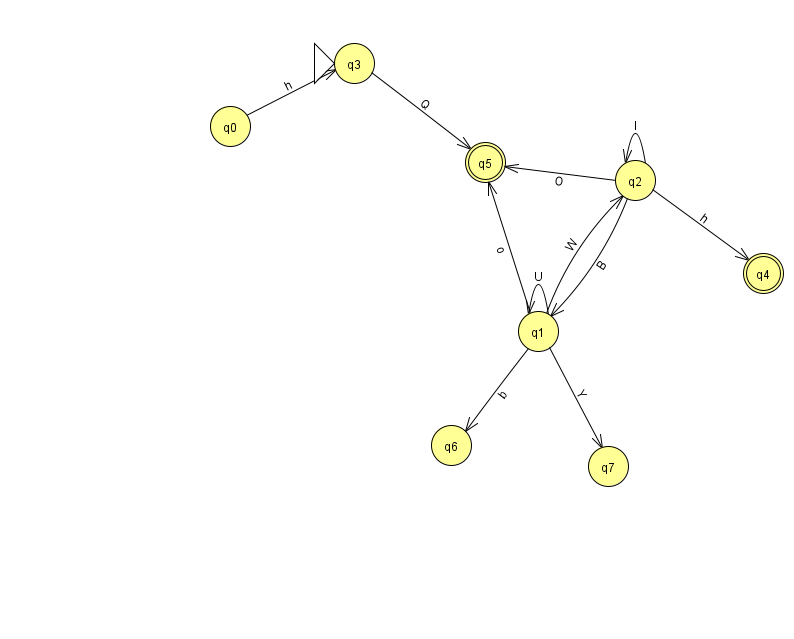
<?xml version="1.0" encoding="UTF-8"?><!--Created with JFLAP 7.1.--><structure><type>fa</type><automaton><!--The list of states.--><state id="0" name="q0"><x>230.0</x><y>113.0</y></state><state id="1" name="q1"><x>538.0</x><y>318.0</y></state><state id="2" name="q2"><x>635.0</x><y>167.0</y></state><state id="3" name="q3"><x>354.0</x><y>50.0</y><initial/></state><state id="4" name="q4"><x>763.0</x><y>260.0</y><final/></state><state id="5" name="q5"><x>485.0</x><y>149.0</y><final/></state><state id="6" name="q6"><x>451.0</x><y>432.0</y></state><state id="7" name="q7"><x>608.0</x><y>453.0</y></state><!--The list of transitions.--><transition><from>1</from><to>5</to><read>o</read></transition><transition><from>3</from><to>5</to><read>Q</read></transition><transition><from>1</from><to>2</to><read>W</read></transition><transition><from>1</from><to>1</to><read>U</read></transition><transition><from>2</from><to>5</to><read>O</read></transition><transition><from>2</from><to>1</to><read>B</read></transition><transition><from>2</from><to>4</to><read>h</read></transition><transition><from>1</from><to>6</to><read>b</read></transition><transition><from>1</from><to>7</to><read>Y</read></transition><transition><from>0</from><to>3</to><read>h</read></transition><transition><from>2</from><to>2</to><read>l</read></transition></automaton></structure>